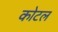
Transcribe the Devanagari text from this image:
कोटल